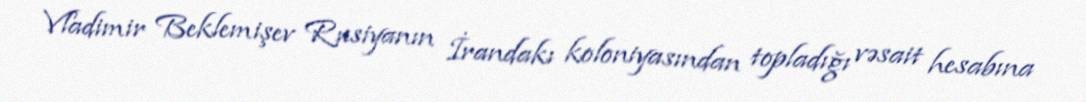
Vladimir Beklemişev Rusiyanın İrandakı koloniyasından topladığı vəsait hesabına